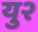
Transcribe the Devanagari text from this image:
यु२